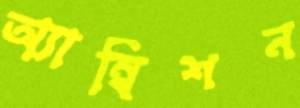
অ্যাম্বিশন